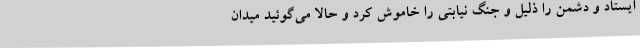
ایستاد و دشمن را ذلیل و جنگ نیابتی را خاموش کرد و حالا می‌گوئید میدان